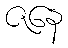
ဇနေ